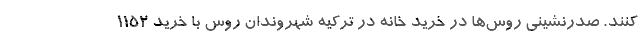
کنند. صدرنشینی روس‌ها در خرید خانه در ترکیه شهروندان روس با خرید 1152